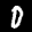
Label: 0